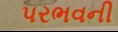
પરભવની